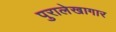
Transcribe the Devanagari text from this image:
पुरालेखागार